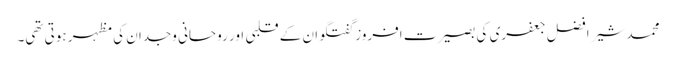
محمد شیر افضل جعفری کی بصیرت افروز گفتگو ان کے قلبی اور روحانی وجدان کی مظہر ہوتی تھی۔